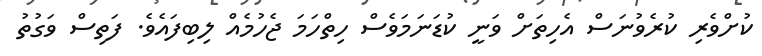
ކުށްވެރި ކުރެވުނަސް އެހިތަށް ވަނީ ކުޑަނަމަވެސް ހިތްހަމަ ޖެހުމެއް ލިބިފައެވެ. ފަތިސް ވަގުތު